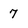
Character: 7